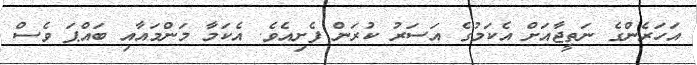
އަހަރެންގެ ނަތީޖާއަށް އެކަމުގެ އަސަރު ކުރަން ފެށިއެވެ. އެކަމާ މަންމައާއި ބައްޕަ ވެސް